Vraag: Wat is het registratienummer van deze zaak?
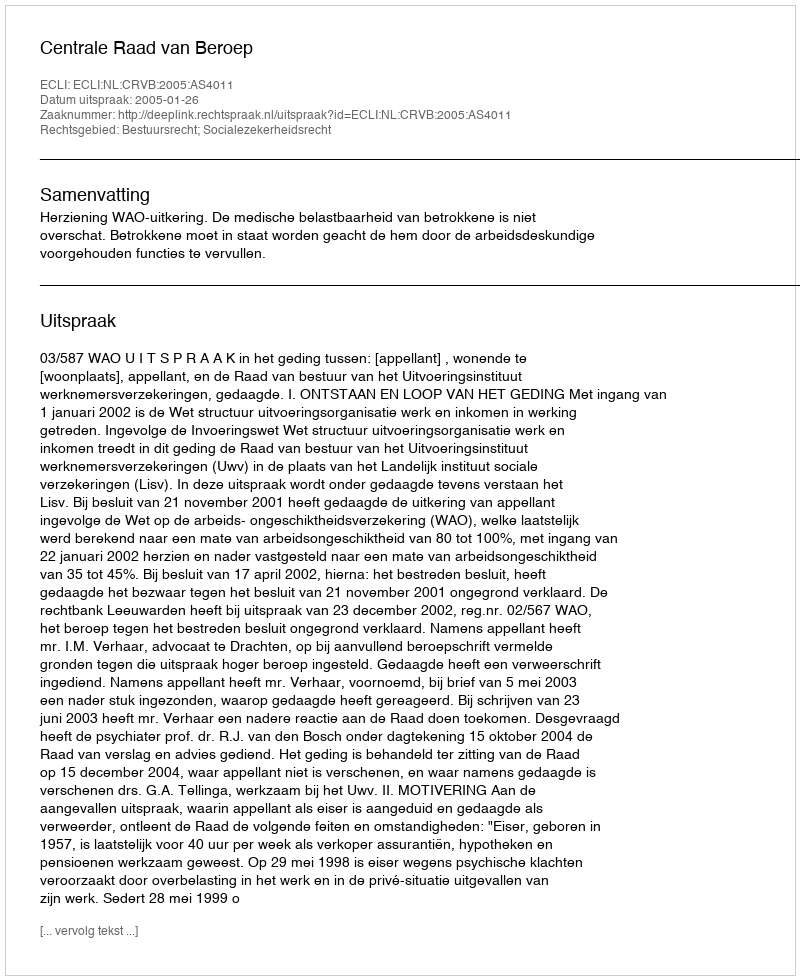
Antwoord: http://deeplink.rechtspraak.nl/uitspraak?id=ECLI:NL:CRVB:2005:AS4011